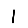
Digit: 1